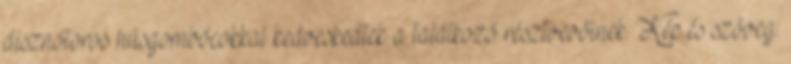
disznótoros húsgombócokkal kedveskedtek a találkozó résztvevőinek. Kép és szöveg: